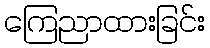
ကြေညာထားခြင်း